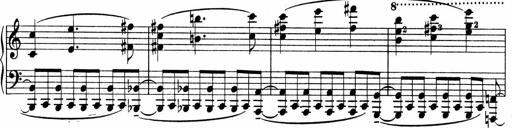
Title: Sonatina No.4
Composer: Abram Kimmell
Key: E minor